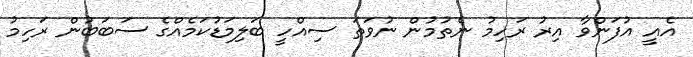
އެއީ އުފަންވާ އިރު ރަހިމު ނެތުމުން ނުވަތަ ސިއްހީ ބަލިމަޑުކަމެއްގެ ސަބަބުން ރަހިމު